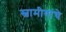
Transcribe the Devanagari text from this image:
स्वामीयांचे